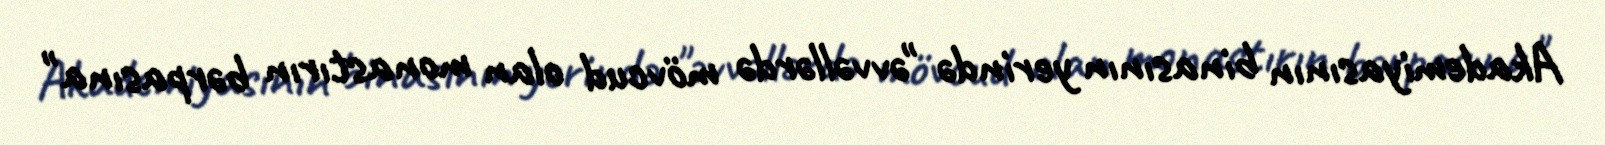
Akademiyasının binasının yerində "əvvəllərdə mövcud olan monastırın bərpasına"